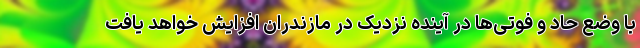
با وضع حاد و فوتی‌ها در آینده نزدیک در مازندران افزایش خواهد یافت